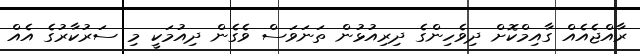
ރާއްޖެއެއް ގާއިމްކޮށް ދިވެހިންގެ ދިރިއުޅުން ތަނަވަސް ވެގެން ދިއުމަކީ މި ސަރުކާރުގެ އެއް